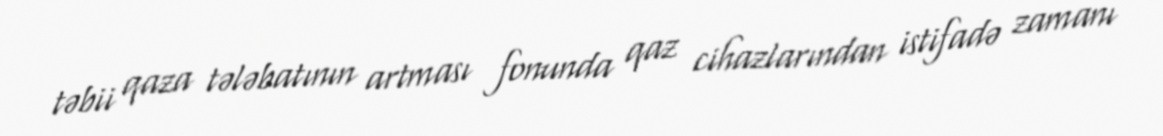
təbii qaza tələbatının artması fonunda qaz cihazlarından istifadə zamanı